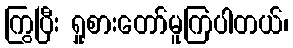
ကြွပြီး ရှုစားတော်မူကြပါတယ်၊